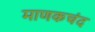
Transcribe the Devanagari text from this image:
माणकचंद